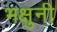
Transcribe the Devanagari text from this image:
भक्षुनी